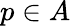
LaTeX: p\in A